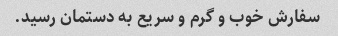
سفارش خوب و گرم و سریع به دستمان رسید.